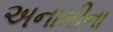
અનામીના